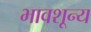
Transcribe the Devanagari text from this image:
भावशून्‍य